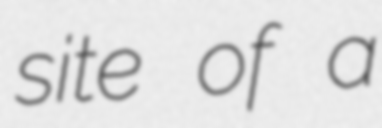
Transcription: site of a